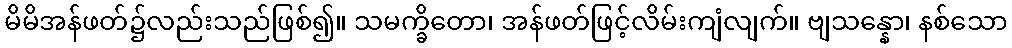
မိမိအန်ဖတ်၌လည်းသည်ဖြစ်၍။ သမက္ခိတော၊ အန်ဖတ်ဖြင့်လိမ်းကျံလျက်။ ဗျသန္နော၊ နစ်သော